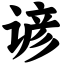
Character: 谚